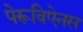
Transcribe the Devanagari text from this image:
पेरूविऐनस